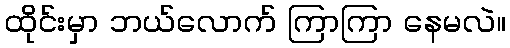
ထိုင်းမှာ ဘယ်လောက် ကြာကြာ နေမလဲ။